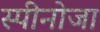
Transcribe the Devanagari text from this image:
स्पीनोजा